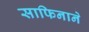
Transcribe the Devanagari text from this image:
साफिनाने